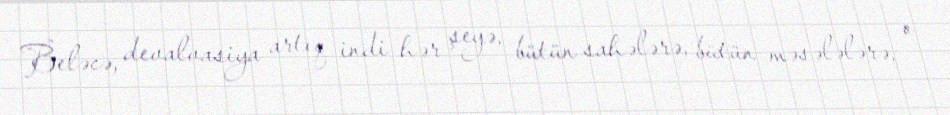
Beləcə, devalvasiya artıq indi hər şeyə, bütün sahələrə, bütün məsələlərə, o